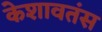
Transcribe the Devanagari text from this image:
केशावतंस